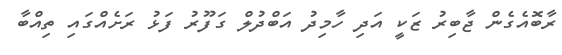
ރާބޮއެގެން ޖާބިރު ޒަކީ އަދި ހާމިދު އަބްދުލް ގަފޫރު ފަޅު ރަށެއްގައި ތިއްބާ